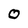
Character: O